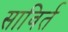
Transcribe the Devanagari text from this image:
साविर्त